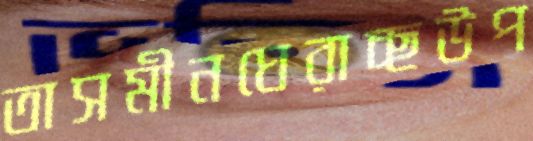
তাসমীনঘেরাচ্ছউপ